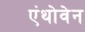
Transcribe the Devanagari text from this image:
एंथोवेन